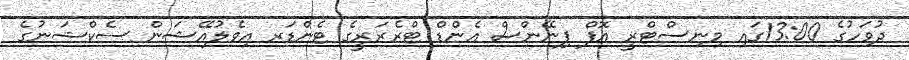
ދުވަހުގެ 13:00ގައި މިނިސްޓްރީ އޮފް ފިނޭންސް އެންޑް ޓްރެޜަރީގެ ޓެންޑަރ އިވެލުއޭޝަން ސެކްޝަނުގެ